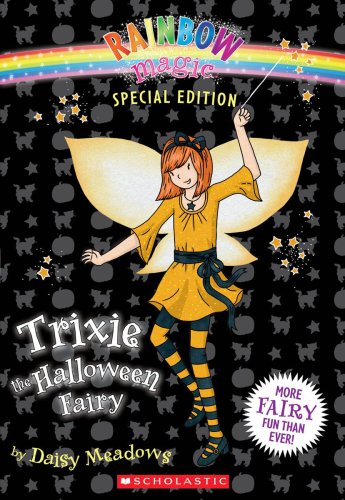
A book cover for Rainbow Magic Special Edition: Trixie the Halloween Fairy; Daisy Meadows; Children's Books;